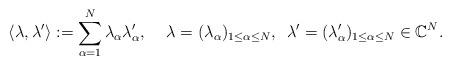
LaTeX: \begin{align*}\langle \lambda, \lambda' \rangle := \sum_{\alpha=1}^N \lambda_{\alpha} \lambda'_{\alpha}, \quad \, \lambda=(\lambda_{\alpha})_{1 \le \alpha \le N}, \,\,\, \lambda'=(\lambda'_{\alpha})_{1 \le \alpha \le N} \in \mathbb{C}^N. \end{align*}